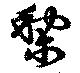
梨